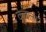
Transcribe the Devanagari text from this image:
कुंबला